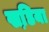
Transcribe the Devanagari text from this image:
खडि़या